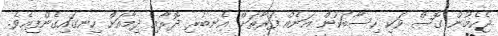
ޖެހެމުން ގޮސް ވަކި ހިސާބަކުން އަނެއް ފަރާތަށް އެނބުރި ދޮރާއި ދިމާއަށް ހިނގައިގެންފިއެވެ.